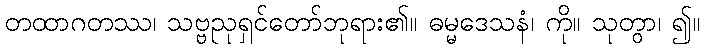
တထာဂတဿ၊ သဗ္ဗညုရှင်တော်ဘုရား၏။ ဓမ္မဒေသနံ၊ ကို။ သုတွာ၊ ၍။